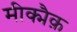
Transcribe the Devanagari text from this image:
मीक्मैक़